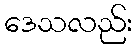
ဒေသလည်း